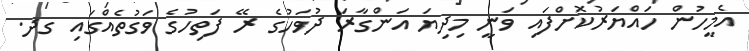
އެމީހުން ހައްޔަރުކޮށްފައި ވަނީ މިދިޔަ އަންގާރަ ދުވަހުގެ ރޭ ފަތިހުގެ ވަގުތެއްގައި ގދ.